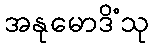
အနုမောဒိံသု